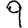
Digit: 9